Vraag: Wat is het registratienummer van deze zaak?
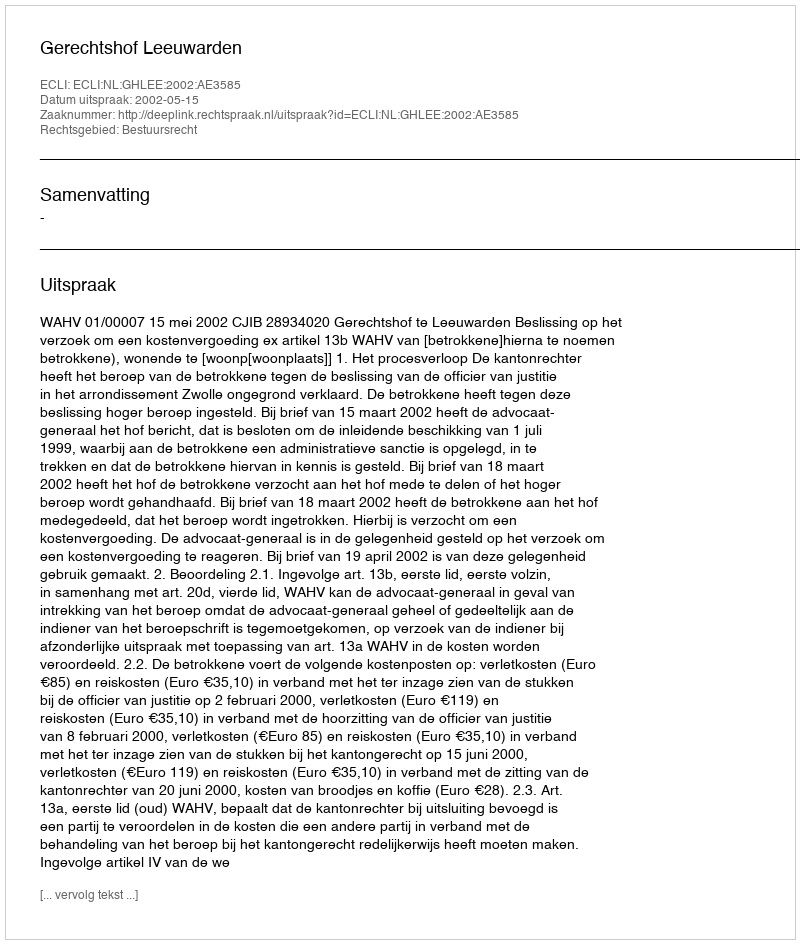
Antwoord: http://deeplink.rechtspraak.nl/uitspraak?id=ECLI:NL:GHLEE:2002:AE3585